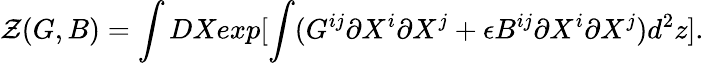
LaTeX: {\cal Z}(G,B)=\int DXexp[\int(G^{ij}\partial X^{i}\partial X^{j}+\epsilon B^{ij}\partial X^{i}\partial X^{j})d^{2}z].